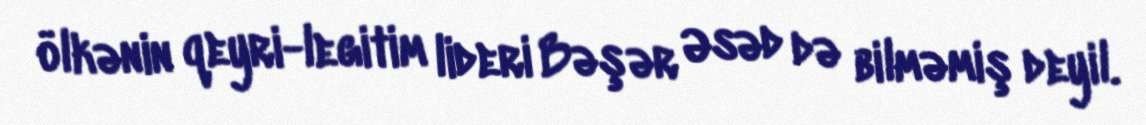
ölkənin qeyri-legitim lideri Bəşər Əsəd də bilməmiş deyil.